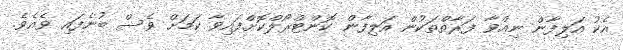
އެކު އަލިފާން ނިއްވާ ފަރާތްތަކުން އަލިފާން ކޮންޓްރޯލްކޮށްފައިވާ ކަމަށް ވެސް ބުނެފައި ވެއެވެ.